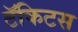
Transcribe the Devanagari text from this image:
टॅकिटस